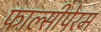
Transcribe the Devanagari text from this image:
फाल्सीपेरम